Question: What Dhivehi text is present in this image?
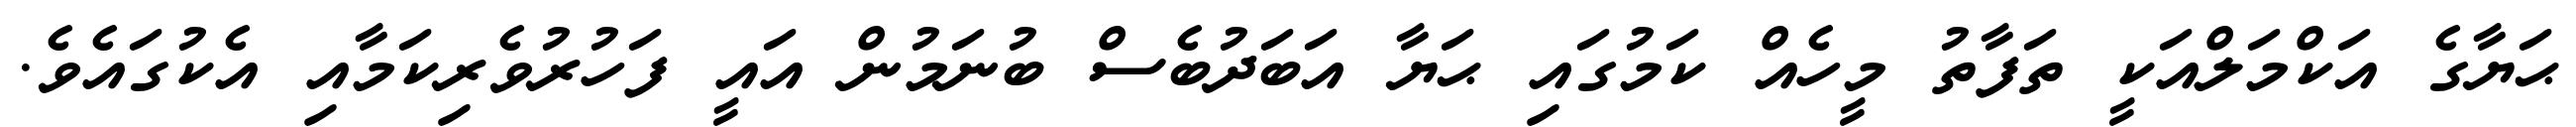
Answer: ޙަޔާގެ އަކްމަލްއަކީ ތަފާތު މީހެއް ކަމުގައި ޙަޔާ އަބަދުބެސް ބުނަމުން އައީ ފަހުރުވެރިކަމާއި އެކުގައެވެ.